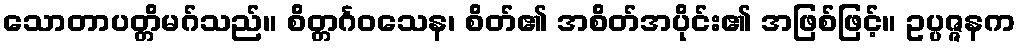
သောတာပတ္တိမဂ်သည်။ စိတ္တင်္ဂဝသေန၊ စိတ်၏ အစိတ်အပိုင်း၏ အဖြစ်ဖြင့်။ ဥပ္ပဇ္ဇနက